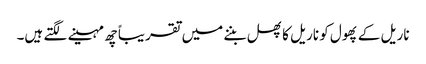
ناریل کے پھول کو ناریل کا پھل بننے میں تقریباً چھ مہینے لگتے ہیں۔